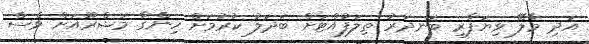
އަދި މާލޭ ވިޔަފާރި ބަނދަރު ތިލަފުއްޓަށް ބަދަލު ކުރުމަށް ހިންގާ މަޝްރޫއަށް ވެސް